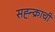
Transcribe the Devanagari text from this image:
सह्न्क्राची